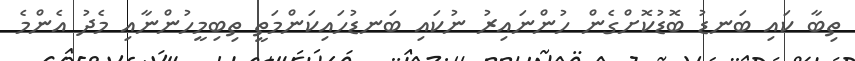
ތިބާ ކައި ބަނޑު ބޮޑުކޮށްގެން ހުންނައިރު ނުކައި ބަނޑުހައިކަންމަތީ ތިބިމީހުންނާއި މެދު އެންމެ